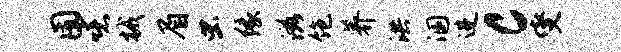
囿噫械眉虫缘滋饱养洪溷进c燮